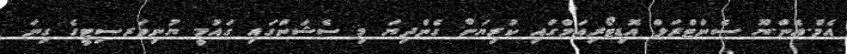
އެމް.އެން.ޔޫ ސެންޓްރަލް އޮޑިޓޯރިއަމްގައި ކުރިޔަށް ގެންދިޔަ މި ސެޝަންގައި ގައުމީ ޔުނިވަރސިޓީގެ ގިނަ